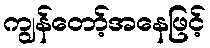
ကျွန်တော့်အနေဖြင့်